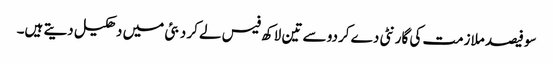
سو فیصد ملازمت کی گارنٹی دے کردو سے تین لاکھ فیس لے کر دبئی میں دھکیل دیتے ہیں۔